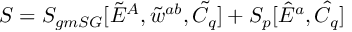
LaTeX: S = S _ { g m S G } [ \tilde { E } ^ { A } , \tilde { w } ^ { a b } , \tilde { C } _ { q } ] + S _ { p } [ \hat { E } ^ { a } , \hat { C } _ { q } ] \;